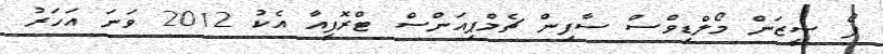
ފޯ ސީޒަން މޯލްޑިވްސް ސާފިން ޗެމްޕިއަންސް ޓްރޮފީއާ އެކު 2012 ވަނަ އަހަރު